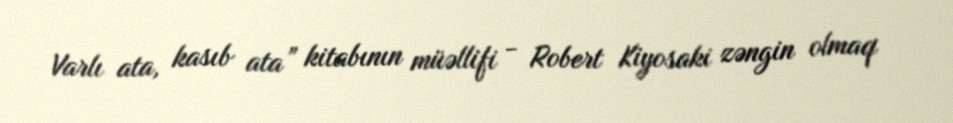
Varlı ata, kasıb ata” kitabının müəllifi - Robert Kiyosaki zəngin olmaq